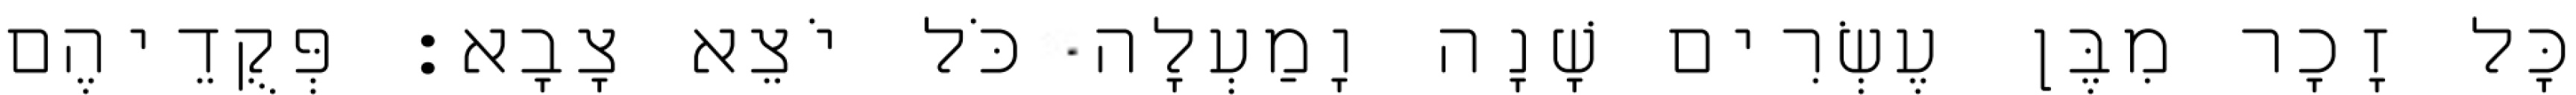
כָּל זָכָר מִבֶּן עֶשְׂרִים שָׁנָה וָמַעְלָה כֹּל יֹצֵא צָבָא׃ פְּקֻדֵיהֶם